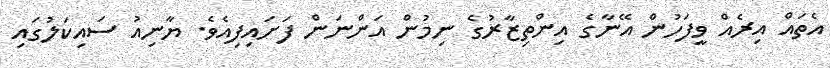
އެތައް އިރެއް ވީފަހުން އޭނާގެ އިންތިޒާރުގެ ނިމުން އަންނަން ފަށައިފިއެވެ. ޔާނިއު ސައިކަލުގައި